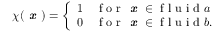
\chi ( \textbf { \em x } ) = \left\{ \begin{array} { l l } { 1 } & { \mathrm { ~ f ~ o ~ r ~ } \textbf { \em x } \in \mathrm { ~ f ~ l ~ u ~ i ~ d ~ } a } \\ { 0 } & { \mathrm { ~ f ~ o ~ r ~ } \textbf { \em x } \in \mathrm { ~ f ~ l ~ u ~ i ~ d ~ } b . } \end{array} \right.